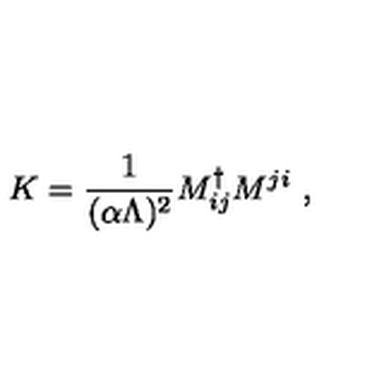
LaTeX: K = { \frac { 1 } { ( \alpha \Lambda ) ^ { 2 } } } M _ { i j } ^ { \dag } M ^ { j i } \ ,